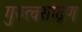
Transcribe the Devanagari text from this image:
गुरुत्वसांद्रण